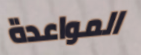
المواعدة